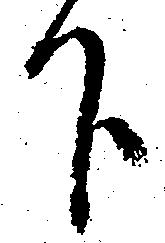
下